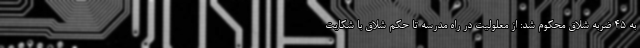
به 45 ضربه شلاق محکوم شد: از معلولیت در راه مدرسه تا حکم شلاق با شکایت